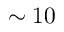
\sim 1 0